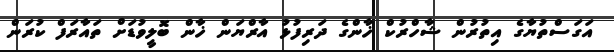
އަގަސްތުޔާގެ އިތުރުން ޝާހްރުކް ޚާންގެ ދަރިފުޅު އާރްޔަން ޚާން ބޮލީވުޑަށް ތައާރަފް ކުރަން